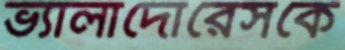
ভ্যালাদোরেসকে